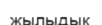
жылыдық